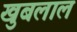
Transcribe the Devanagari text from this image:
खुबलाल